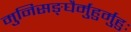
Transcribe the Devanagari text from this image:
मुनिसङ्घैर्मुहुर्मुहुः